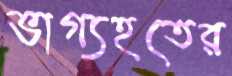
ভাগ্যহতের